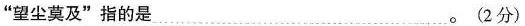
”望尘莫及”指的是… 。(2分)